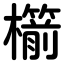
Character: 櫤